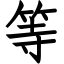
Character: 等